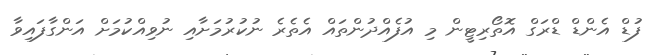
ފުޑް އެންޑް ޑްރަގް އޮތޯރިޓީން މި އުފެއްދުންތައް އެތެރެ ނުކުރުމަށާއި ނުވިއްކުމަށް އަންގާފައިވާ